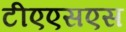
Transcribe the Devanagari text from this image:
टीएएसएस